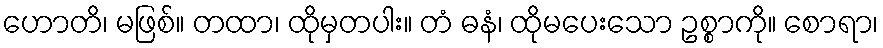
ဟောတိ၊ မဖြစ်။ တထာ၊ ထိုမှတပါး။ တံ ဓနံ၊ ထိုမပေးသော ဥစ္စာကို။ စောရာ၊